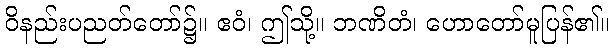
ဝိနည်းပညတ်တော်၌။ ဧဝံ၊ ဤသို့။ ဘဏိတံ၊ ဟောတော်မူပြန်၏။